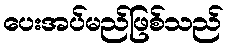
ပေးအပ်မည်ဖြစ်သည်